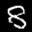
Label: 8